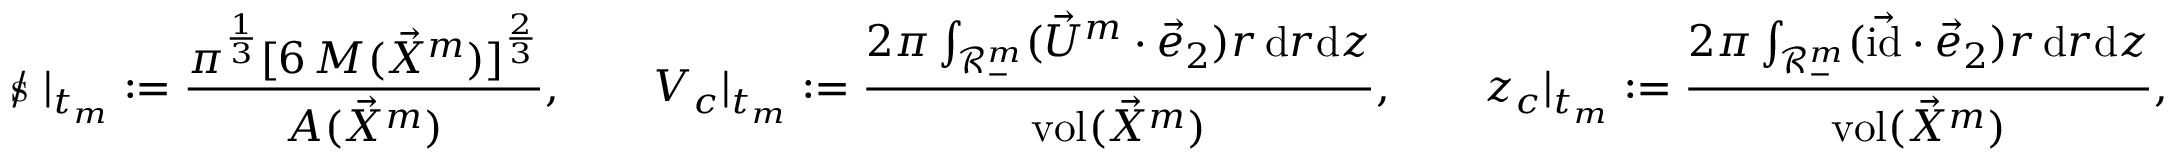
\mathrm { ~ s \! \! \! \! \: / ~ } | _ { t _ { m } } : = \frac { \pi ^ { \frac { 1 } { 3 } } [ 6 \, M ( \vec { X } ^ { m } ) ] ^ { \frac { 2 } { 3 } } } { A ( \vec { X } ^ { m } ) } , \qquad V _ { c } | _ { t _ { m } } : = \frac { 2 \pi \int _ { \mathscr { R } _ { - } ^ { m } } ( \vec { U } ^ { m } \cdot \vec { e } _ { 2 } ) r \, \mathrm { d } r \mathrm { d } z } { \operatorname { v o l } ( \vec { X } ^ { m } ) } , \qquad z _ { c } | _ { t _ { m } } : = \frac { 2 \pi \int _ { \mathscr { R } _ { - } ^ { m } } ( \vec { \mathrm { i d } } \cdot \vec { e } _ { 2 } ) r \, \mathrm { d } r \mathrm { d } z } { \operatorname { v o l } ( \vec { X } ^ { m } ) } ,